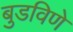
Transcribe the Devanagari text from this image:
बुडविणे